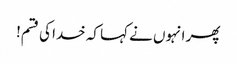
پھر انہوں نے کہا کہ خدا کی قسم!